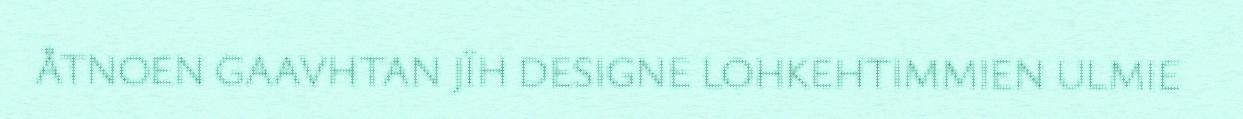
ÅTNOEN GAAVHTAN JÏH DESIGNE LOHKEHTIMMIEN ULMIE